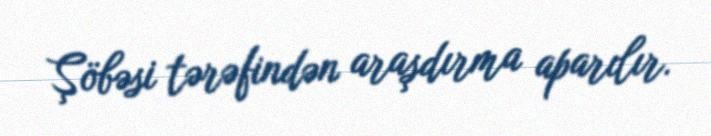
Şöbəsi tərəfindən araşdırma aparılır.